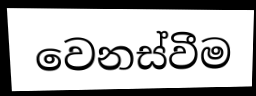
වෙනස්වීම